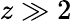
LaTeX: z\gg 2